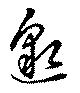
邈